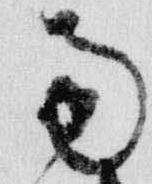
南